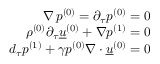
\begin{array} { r } { \nabla \, \ensuremath { p ^ { ( 0 ) } } = \partial _ { \tau } \ensuremath { p ^ { ( 0 ) } } = 0 } \\ { \ensuremath { \rho ^ { ( 0 ) } } \partial _ { \tau } \ensuremath { \underline { { u } } ^ { ( 0 ) } } + \nabla \ensuremath { p ^ { ( 1 ) } } = 0 } \\ { d _ { \tau } \ensuremath { p ^ { ( 1 ) } } + \gamma \ensuremath { p ^ { ( 0 ) } } \nabla \ensuremath { \boldsymbol { \cdot } } \ensuremath { \underline { { u } } ^ { ( 0 ) } } = 0 } \end{array}